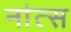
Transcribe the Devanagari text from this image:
नांत्स